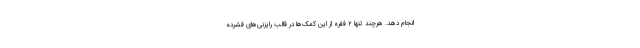
انجام دهد. هرچند تنها ۲ فقره از این کمک‌ها در قالب رایزنی‌های فشرده